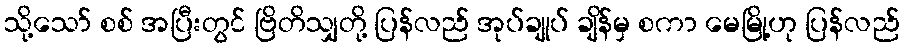
သို့သော် စစ် အပြီးတွင် ဗြိတိသျှတို့ ပြန်လည် အုပ်ချုပ် ချိန်မှ စကာ မေမြို့ဟု ပြန်လည်